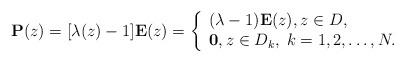
LaTeX: \begin{align*}\mathbf P(z) = [\lambda(z)-1]\mathbf E(z)= \left\{\begin{array}{llll}(\lambda-1)\mathbf E(z),z \in D,\\\mathbf 0, z \in D_k, \; k=1,2,\ldots,N.\end{array}\right. \end{align*}